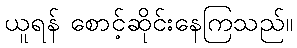
ယူရန် စောင့်ဆိုင်းနေကြသည်။